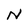
Character: N